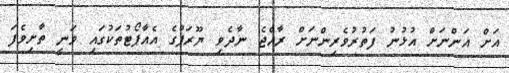
އަށް އަންނަށް އުޅުނު ފަތުރުވެރިންނަށް ރާއްޖެ ނާދެވި ޔޫރަޕުގެ އެއާޕޯޓުތަކުގައި ވަނީ ތާށިވެފަ